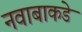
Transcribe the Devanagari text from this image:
नवाबाकडे